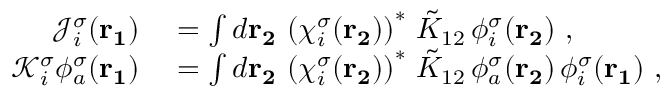
\begin{array} { r l } { \mathcal { J } _ { i } ^ { \sigma } ( \mathbf { r _ { 1 } } ) } & { { } = \int d \mathbf { r _ { 2 } } \, \left( \chi _ { i } ^ { \sigma } ( \mathbf { r _ { 2 } } ) \right) ^ { * } \, \tilde { K } _ { 1 2 } \, \phi _ { i } ^ { \sigma } ( \mathbf { r _ { 2 } } ) \mathrm { ~ , ~ } } \\ { \mathcal { K } _ { i } ^ { \sigma } \phi _ { a } ^ { \sigma } ( \mathbf { r _ { 1 } } ) } & { { } = \int d \mathbf { r _ { 2 } } \, \left( \chi _ { i } ^ { \sigma } ( \mathbf { r _ { 2 } } ) \right) ^ { * } \, \tilde { K } _ { 1 2 } \, \phi _ { a } ^ { \sigma } ( \mathbf { r _ { 2 } } ) \, \phi _ { i } ^ { \sigma } ( \mathbf { r _ { 1 } } ) \mathrm { ~ , ~ } } \end{array}